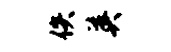
佚英